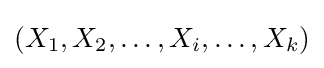
(X_{1},X_{2},\ldots ,X_{i},\ldots ,X_{k})